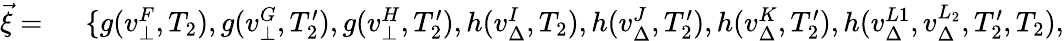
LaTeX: \begin{array}{rl}{\vec{\xi}=\ }&{{}\{ g(v_{\bot}^{F},T_{2}),g(v_{\bot}^{G},T_{2}^{\prime}),g(v_{\bot}^{H},T_{2}^{\prime}),h(v_{\Delta}^{I},T_{2}),h(v_{\Delta}^{J},T_{2}^{\prime}),h(v_{\Delta}^{K},T_{2}^{\prime}),h(v_{\Delta}^{L1},v_{\Delta}^{L_{2}},T_{2}^{\prime},T_{2}),}\end{array}